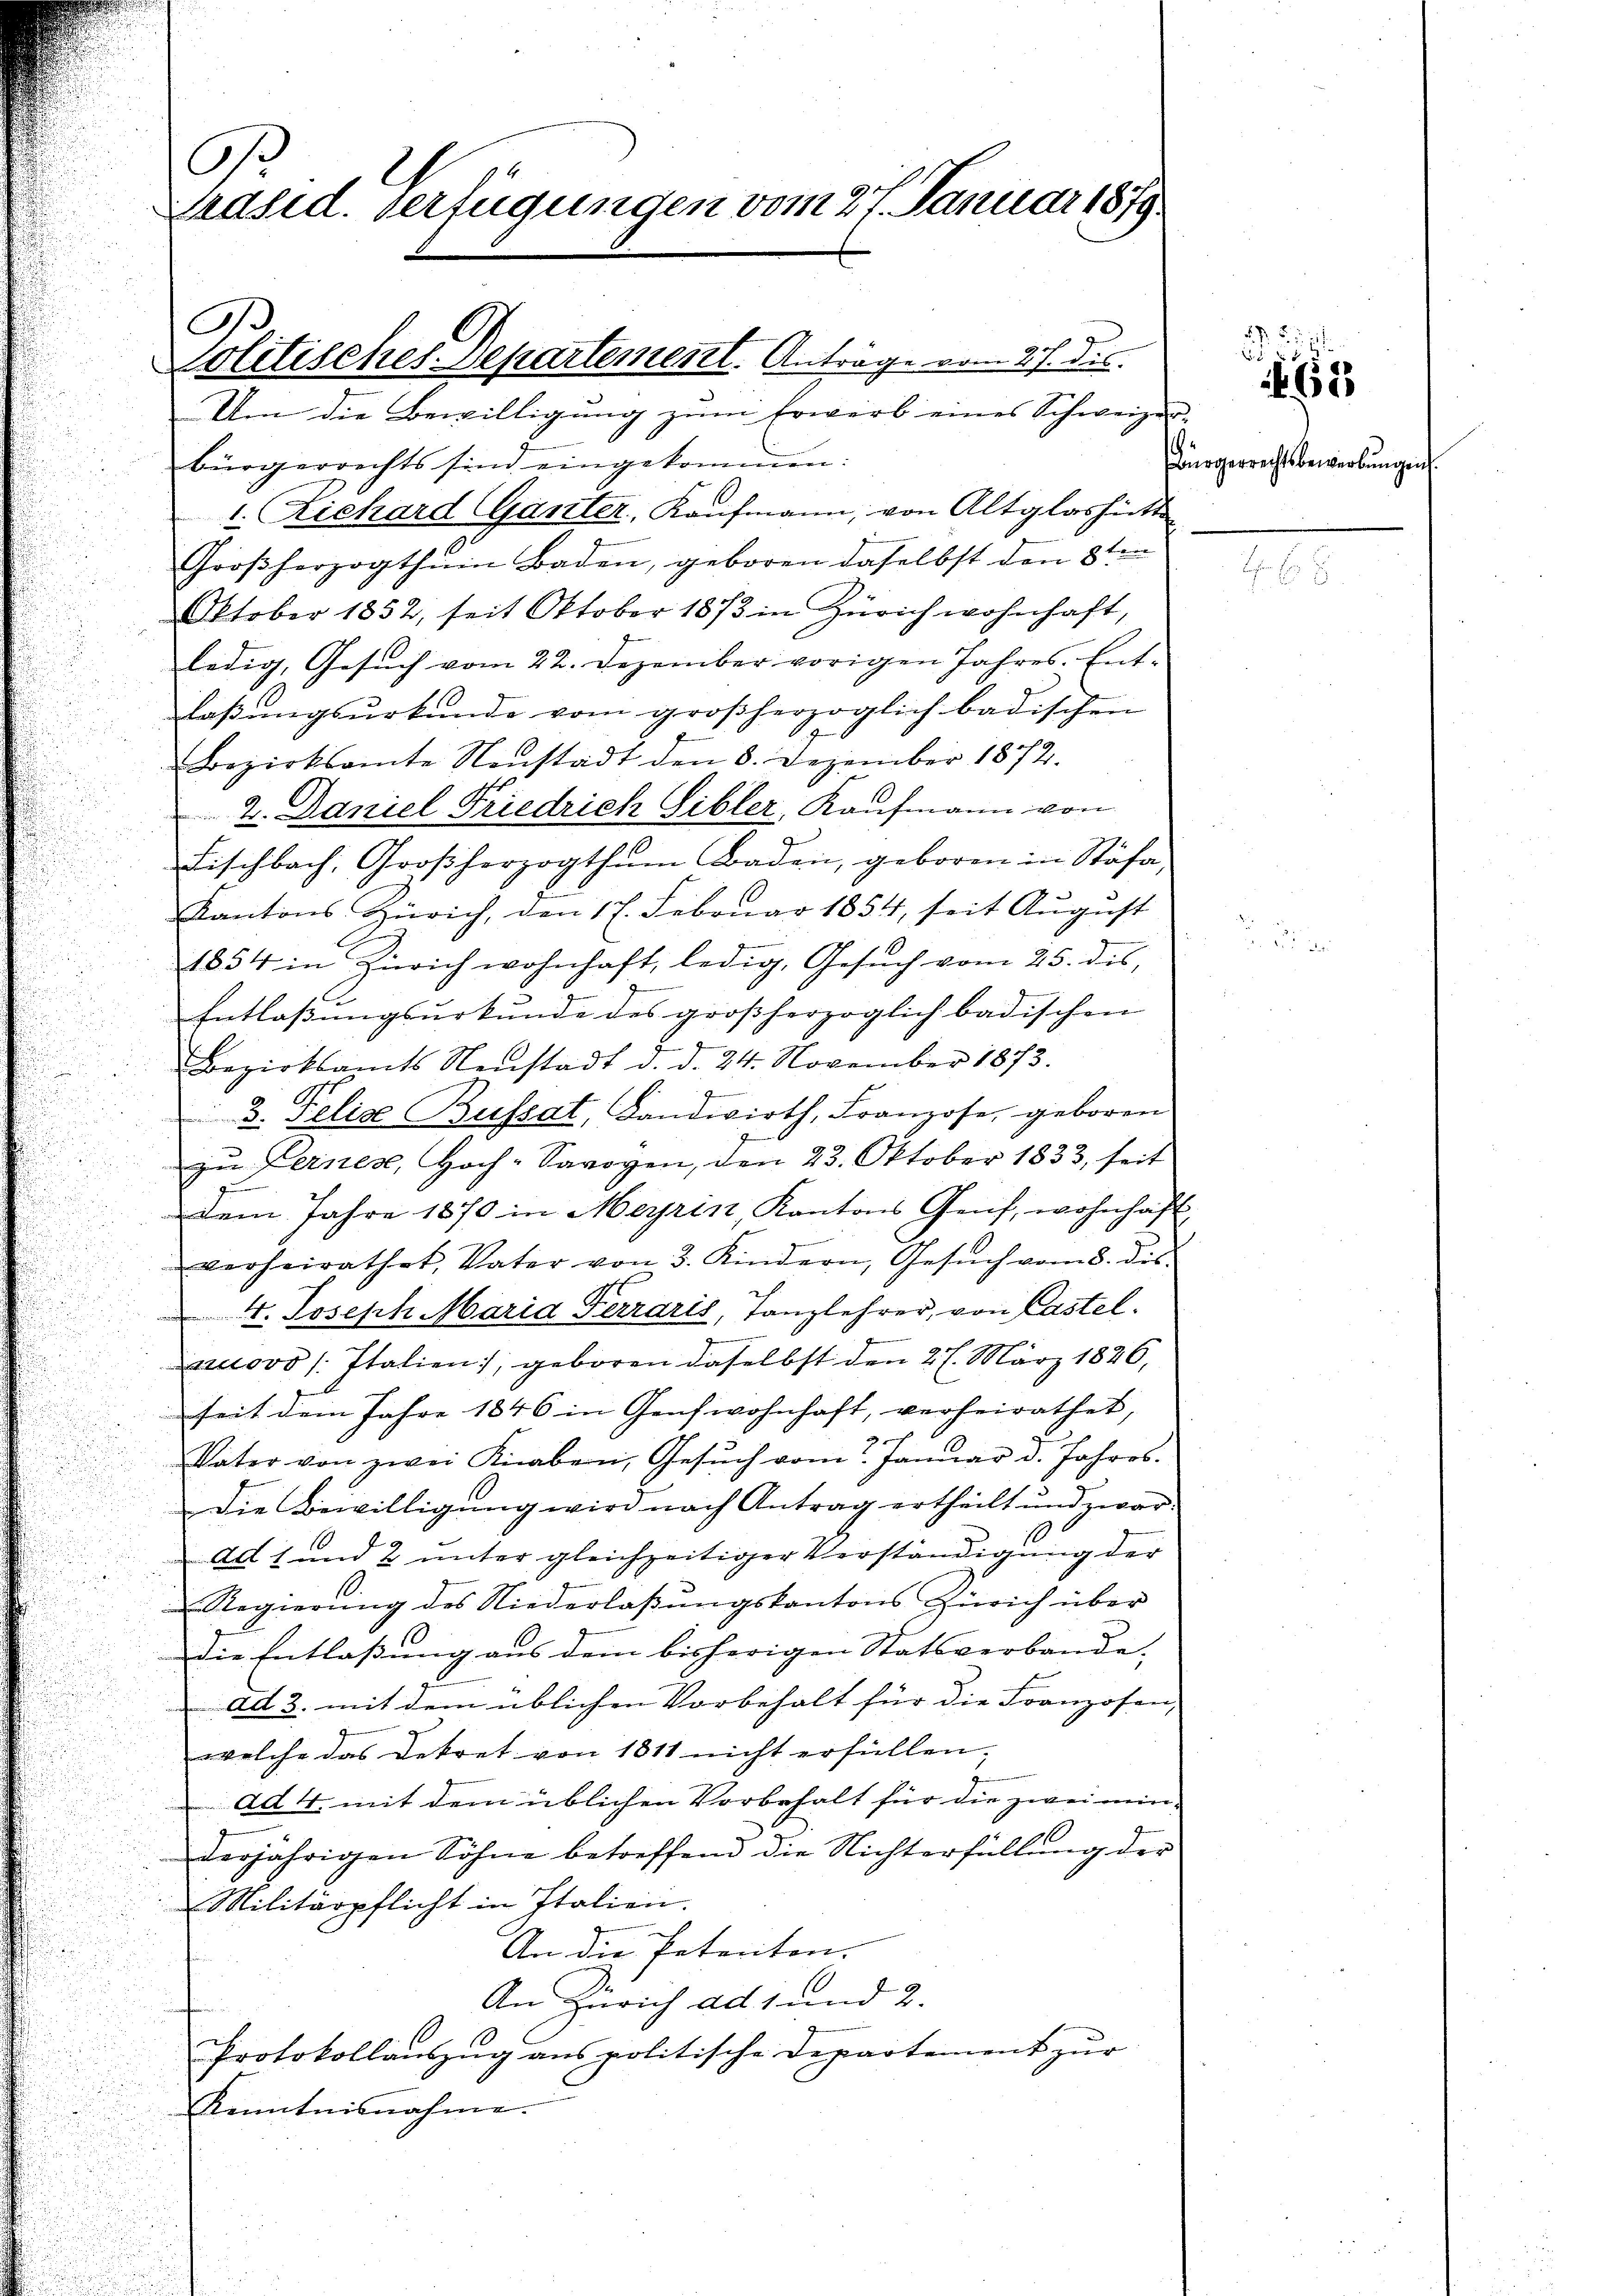
bürgerrechts sind eingekommen:
1. Richard Ganter, Kaufmann, von Altglashütte
Großherzogthum Baden, geboren daselbst den 8ten
Oktober 1852, seit Oktober 1873 in Zürich wohnhaft,
ledig, Gesŭch vom 22. Dezember vorigen Jahres Ent-
laβŭngsurkunde vom großherzoglich badischen
Bezirksamte Neŭstadt den 8. Dezember 1872.
2. Daniel Friedrich Sibler, Kaufmann von
Fischbach, Großherzogthum Baden, geboren in Stäfa
Kantons Zürich, den 17. Februar 1854, seit August
1854 in Zürich wohnhaft, ledig, Gesŭch vom 25. des,

Entlassungsurkunde des großherzoglich badischen
Bezirksamts Neŭstadt d. d. 24. November 1873.
3. Felixe Busset, Landwirth, Franzose, geboren
zu Lernen, Hoch-Savoyen, den 23. Oktober 1833, seit
e
dem Jahre 1870 in Meyrin Kantons Genf, wohnhaft
verheirathet, Vater von 3. Kindern, Gesŭch vom 8. dis-
 4. Joseph Maria Ferraris, Tanzlehrer, von Castel
nuovo / Italien), geboren daselbst den 27. März 1826,
seit dem Jahre 1846 in Genfwohnhaft, verheirathet,
Väter von zwei Knaben, Gesŭch vom 2. Januar d. Jahres.
Die Bewilligung wird nach Antrag ertheilt und zwar
Ad 1 und 2 unter gleichzeitiger Verständigung der
Regierŭng des Niederlassŭngskantons Zürich über
die Entlassung aus dem bisherigen Statsverbande,
ad 3. mit dem üblichen Vorbehalt für die Franzosen
welche das Dekret von 1811 nicht erfüllen,
ad 4. mit dem üblichen Vorbehalt für die zwei min-
derjährigen Söhne betreffend die Nichterfüllung der
Militärpflicht in Italien.
An die Peteriton.
An Zürich ad 1 und 2.
Protokollauszug aus politische Departement zur
Kenntnisnahme.

.
Präsid. verfügungen vom 27. Januar 1879

Politisches. Separtement. Anträge vom 27. des
Um die Bewilligung zum Erwerb eines Schweizer-

G

Bürgerrechtsbewerbungen.

65